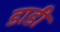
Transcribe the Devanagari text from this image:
डाडी